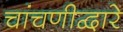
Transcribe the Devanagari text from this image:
चांचणीद्वारे